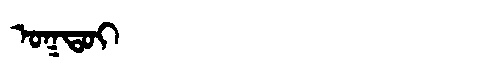
Manchu: ᠣᡴᡨᠣᡳ
Romanization: OKTOI